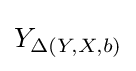
Y_{\Delta (Y,X,b)}